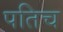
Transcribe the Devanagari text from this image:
पतिच